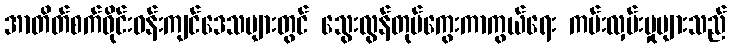
အာတိတ်စက်ဝိုင်းဝန်းကျင်ဒေသများတွင် သွေးလွန်တုပ်ကွေးကာကွယ်ရေး ကမ်းလှမ်းမှုများသည်